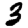
Digit: 3